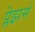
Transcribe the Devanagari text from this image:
प्लेझर्स